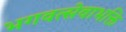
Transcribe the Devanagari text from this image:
भगवत्सेवाभक्ति